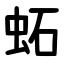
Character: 䖨